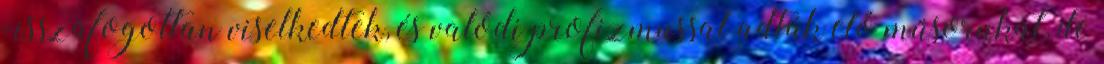
visszafogottan viselkedtek, és valódi profizmussal adták elő műsorukat, de